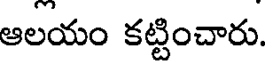
ఆలయం కట్టించారు.